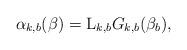
LaTeX: \begin{align*}\alpha_{k,b}(\beta) = \mathrm{L}_{k,b} G_{k,b}(\beta_{b}),\end{align*}